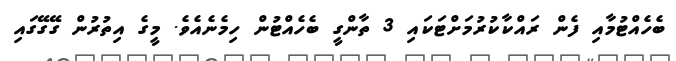
ބެހެއްޓުމާއި ފެން ރައްކާކުރުމަށްޓަކައި 3 ތާންގީ ބެހެއްޓުން ހިމެނެއެވެ. މީގެ އިތުރުން ގޭގޭގައި